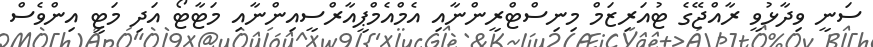
ސަނީ ވިދާޅުވީ ރާއްޖޭގެ ޓުއަރިޒަމް މިނިސްޓްރީންނާއި އެމްއެމްޕީއާރްސީއިންނާއި މަޓާޓޯ އަދި މަޓީ އިންވެސް